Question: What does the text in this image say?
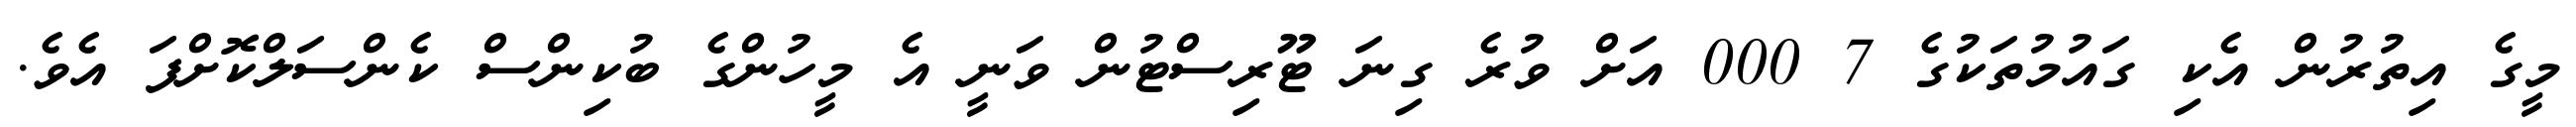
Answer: މީގެ އިތުރުން އެކި ގައުމުތަކުގެ 7 000 އަށް ވުރެ ގިނަ ޓޫރިސްޓުން ވަނީ އެ މީހުންގެ ބުކިންސް ކެންސަލްކޮށްފަ އެވެ.